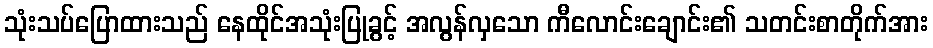
သုံးသပ်ပြောထားသည် နေထိုင်အသုံးပြုခွင့် အလွန်လှသော ကီလောင်းချောင်း၏ သတင်းစာတိုက်အား